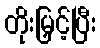
တိုးမြှင့်ပြီး